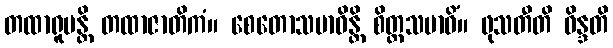
တထာရူပန္တိ တထာဇာတိကံ။ စေတောသမာဓိန္တိ စိတ္တသမာဓိံ။ ဖုသတီတိ ဝိန္ဒတိ